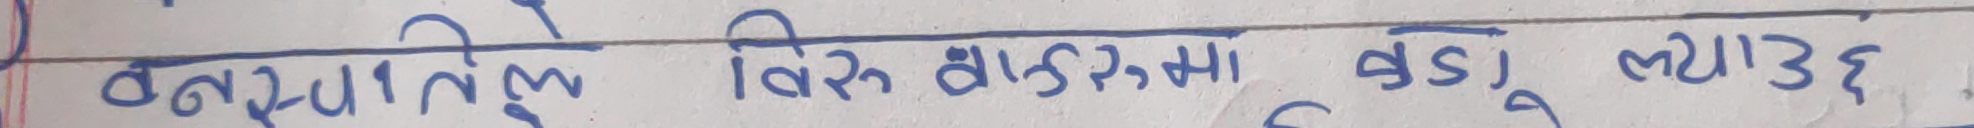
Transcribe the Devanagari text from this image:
वनस्पतितले विस डालमा कादु ल्याउँछ.